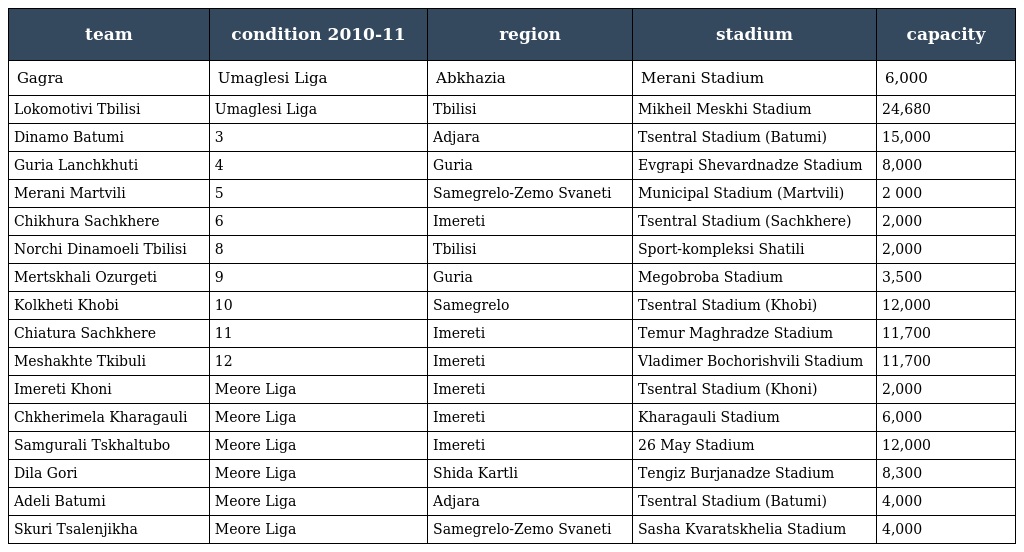
| team | condition 2010-11 | region | stadium | capacity |
 | --- | --- | --- | --- | --- |
 | Gagra | Umaglesi Liga | Abkhazia | Merani Stadium | 6,000 |
 | Lokomotivi Tbilisi | Umaglesi Liga | Tbilisi | Mikheil Meskhi Stadium | 24,680 |
 | Dinamo Batumi | 3 | Adjara | Tsentral Stadium (Batumi) | 15,000 |
 | Guria Lanchkhuti | 4 | Guria | Evgrapi Shevardnadze Stadium | 8,000 |
 | Merani Martvili | 5 | Samegrelo-Zemo Svaneti | Municipal Stadium (Martvili) | 2 000 |
 | Chikhura Sachkhere | 6 | Imereti | Tsentral Stadium (Sachkhere) | 2,000 |
 | Norchi Dinamoeli Tbilisi | 8 | Tbilisi | Sport-kompleksi Shatili | 2,000 |
 | Mertskhali Ozurgeti | 9 | Guria | Megobroba Stadium | 3,500 |
 | Kolkheti Khobi | 10 | Samegrelo | Tsentral Stadium (Khobi) | 12,000 |
 | Chiatura Sachkhere | 11 | Imereti | Temur Maghradze Stadium | 11,700 |
 | Meshakhte Tkibuli | 12 | Imereti | Vladimer Bochorishvili Stadium | 11,700 |
 | Imereti Khoni | Meore Liga | Imereti | Tsentral Stadium (Khoni) | 2,000 |
 | Chkherimela Kharagauli | Meore Liga | Imereti | Kharagauli Stadium | 6,000 |
 | Samgurali Tskhaltubo | Meore Liga | Imereti | 26 May Stadium | 12,000 |
 | Dila Gori | Meore Liga | Shida Kartli | Tengiz Burjanadze Stadium | 8,300 |
 | Adeli Batumi | Meore Liga | Adjara | Tsentral Stadium (Batumi) | 4,000 |
 | Skuri Tsalenjikha | Meore Liga | Samegrelo-Zemo Svaneti | Sasha Kvaratskhelia Stadium | 4,000 |